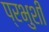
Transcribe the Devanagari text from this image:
प्रभुशी